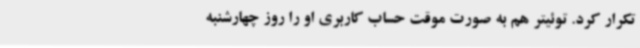
تکرار کرد. توئیتر هم به صورت موقت حساب کاربری او را روز چهارشنبه